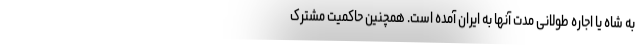
به شاه یا اجاره طولانی مدت آنها به ایران آمده است. همچنین حاکمیت مشترک